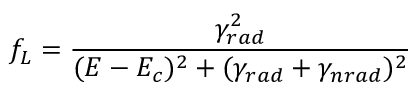
f _ { L } = \frac { \gamma _ { r a d } ^ { 2 } } { ( E - E _ { c } ) ^ { 2 } + ( \gamma _ { r a d } + \gamma _ { n r a d } ) ^ { 2 } }